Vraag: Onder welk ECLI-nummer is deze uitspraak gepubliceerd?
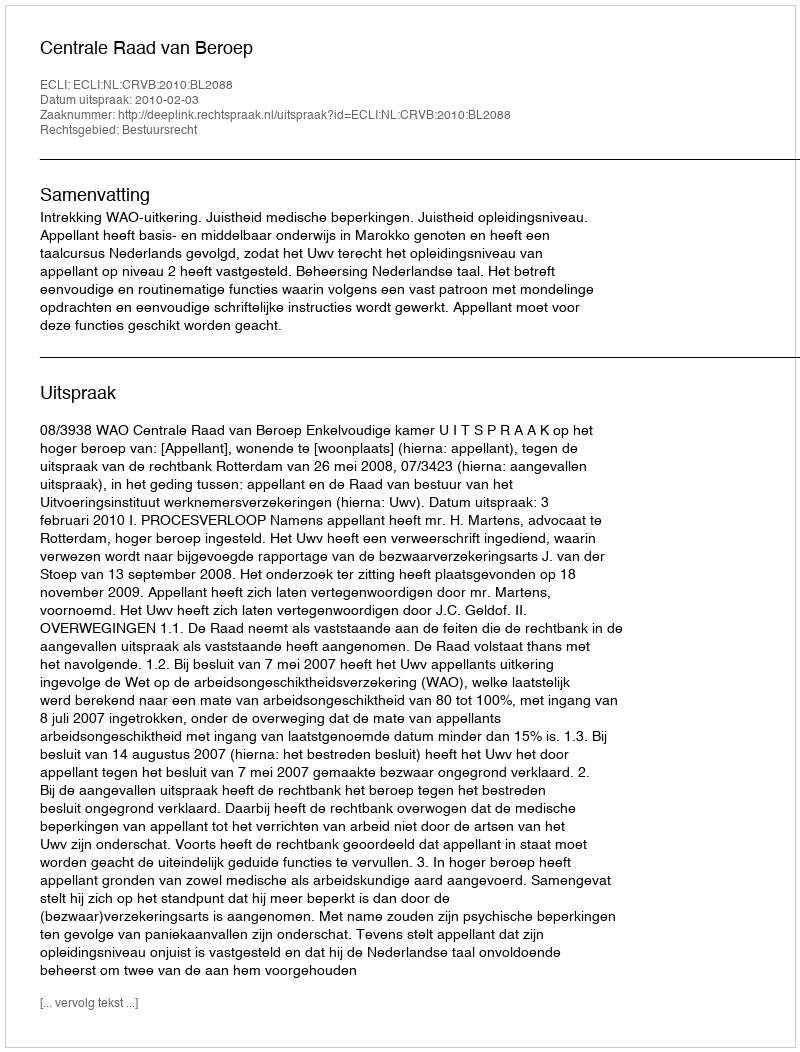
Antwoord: ECLI:NL:CRVB:2010:BL2088